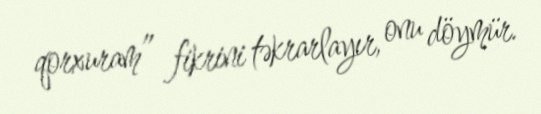
qorxuram” fikrini təkrarlayır, onu döymür.